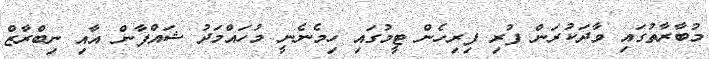
މުބާރާތުގައި ވާދަކުރަން ފުރި ފިރިހެން ޓީމުގައި ހިމެނެނީ މުހައްމަދު ޝައްފާން އާއި ނިބްރާޒް